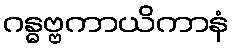
ဂန္ဓဗ္ဗကာယိကာနံ